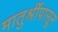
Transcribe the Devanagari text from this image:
मातुश्रींपासून